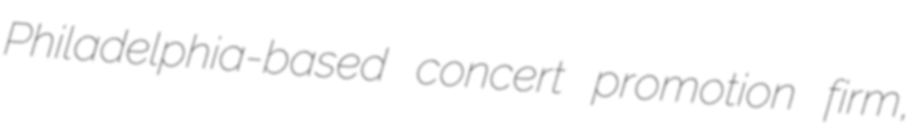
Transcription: Philadelphia-based concert promotion firm,